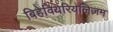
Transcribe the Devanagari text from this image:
बिहेवियरियलिज़म